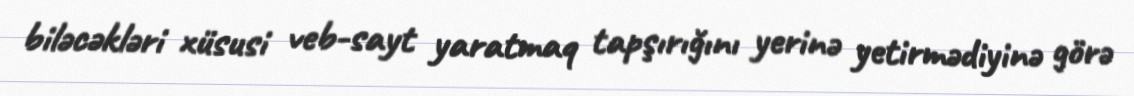
biləcəkləri xüsusi veb-sayt yaratmaq tapşırığını yerinə yetirmədiyinə görə